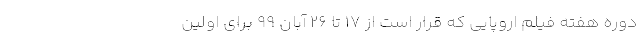
دوره هفته فیلم اروپایی که قرار است از ۱۷ تا ۲۶ آبان ۹۹ برای اولین